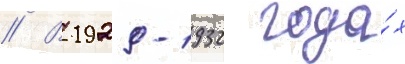
// В 1929-1932 года́х